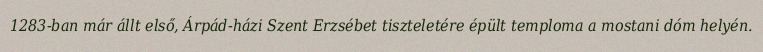
1283-ban már állt első, Árpád-házi Szent Erzsébet tiszteletére épült temploma a mostani dóm helyén.